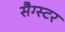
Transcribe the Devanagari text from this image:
सैग्स्टर